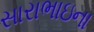
સારાભાઇના